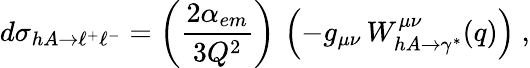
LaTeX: d\sigma_{hA\rightarrow\ell^{+}\ell^{-}}=\left(\frac{2\alpha_{em}}{3Q^{2}}\right)\, \left(-g_{\mu\nu}\, W_{hA\rightarrow\gamma^{*}}^{\mu\nu}(q)\right)\ ,